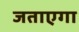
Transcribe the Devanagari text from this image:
जताएगा